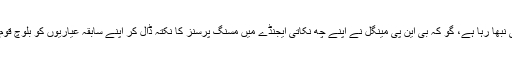
موجودہ بلوچ قومی آزادی کی جنگ میں اس کردار کو بی این پی مینگل بخوبی نبھا رہا ہے، گو کہ بی این پی مینگل نے اپنے چھ نکاتی ایجنڈے میں مسنگ پرسنز کا نکتہ ڈال کر اپنے سابقہ عیاریوں کو بلوچ قوم کے سامنے مٹانے کی ایک بار پھر کوشش کی جو کہ کارگر ثابت نہیں ہوا۔